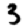
Digit: 3